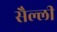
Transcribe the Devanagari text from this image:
सैल्ली